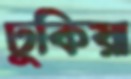
ঢুকিয়া